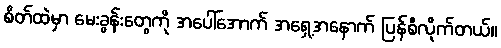
စိတ်ထဲမှာ မေးခွန်းတွေကို အပေါ်အောက် အရှေ့အနောက် ပြန်စီလိုက်တယ်။